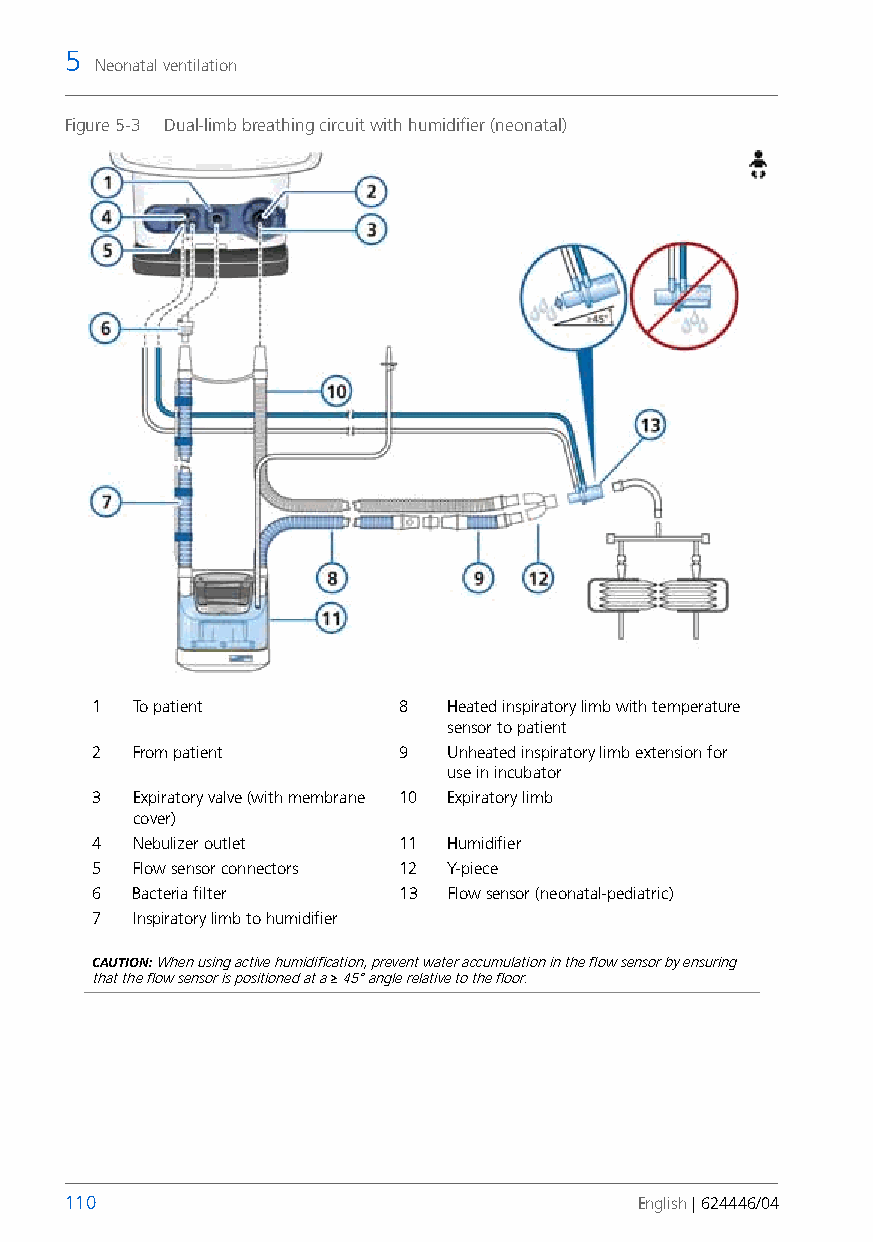
5
 Neonatal ventilation
 Figure 5-3 Dual-limb breathing circuit with humidifier (neonatal)
 1  To patient        8  Heated inspiratory limb with temperature
 sensor to patient
 2  From patient      9  Unheated inspiratory limb extension for
 use in incubator
 3  Expiratory valve (with membrane 10 Expiratory limb
 cover)
 4  Nebulizer outlet  11 Humidifier
 5  Flow sensor connectors 12 Y-piece
 6  Bacteria filter   13 Flow sensor (neonatal-pediatric)
 7  Inspiratory limb to humidifier
 CAUTION: When using active humidification, prevent water accumulation in the flow sensor by ensuring
 that the flow sensor is positioned at a ≥ 45° angle relative to the floor.
 110                                   English | 624446/04